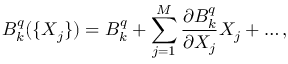
B _ { k } ^ { q } ( \{ X _ { j } \} ) = B _ { k } ^ { q } + \sum _ { j = 1 } ^ { M } \frac { \partial B _ { k } ^ { q } } { \partial X _ { j } } X _ { j } + \dots ,